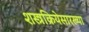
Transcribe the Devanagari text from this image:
शस्त्रक्रियेसारख्या